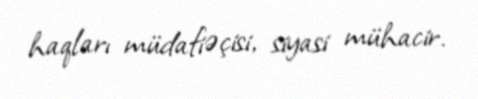
haqları müdafiəçisi, siyasi mühacir.